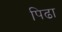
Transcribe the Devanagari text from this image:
पिढा